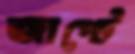
জাপ্‌টে